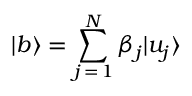
| b \rangle = \sum _ { j \mathop { = } 1 } ^ { N } \beta _ { j } | u _ { j } \rangle